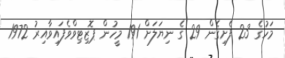
މަހުގެ 23 ފެށިގެން 29 ގެ ނިޔަލަށް 191 މީހުން ޕޮޒިޓިވްވެފައިވާއިރު 1972